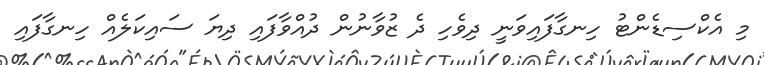
މި އެކްސިޑެންޓު ހިނގާފައިވަނީ ދިވެހި ދެ ޒުވާނުން ދުއްވާފައި ދިޔަ ސައިކަލެއް ހިނގާފައި